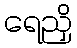
ရေညှိ